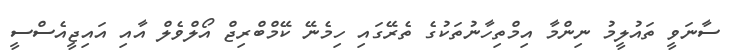
ސާނަވީ ތައުލީމު ނިންމާ އިމްތިހާނުތަކުގެ ތެރޭގައި ހިމެނޭ ކޭމްބްރިޖް އޯލްވެލް އާއި އައިޖީއެސްސީ